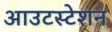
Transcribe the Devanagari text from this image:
आउटस्टेशन